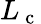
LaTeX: L_{\mathrm{~c~}}